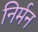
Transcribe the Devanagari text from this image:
निर्मन